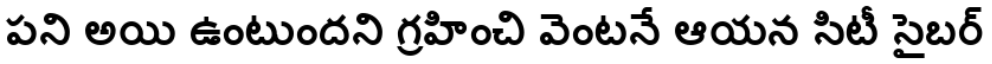
పని అయి ఉంటుందని గ్రహించి వెంటనే ఆయన సిటీ సైబర్